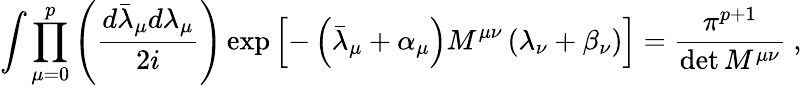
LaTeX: \int\prod_{\mu=0}^{p}\left(\frac{d\bar{\lambda}_{\mu}d\lambda_{\mu}}{2i}\right)\exp\left[-\left(\bar{\lambda}_{\mu}+\alpha_{\mu}\right)M^{\mu\nu}\left(\lambda_{\nu}+\beta_{\nu}\right)\right]=\frac{\pi^{p+1}}{\operatorname*{det}M^{\mu\nu}}~,